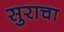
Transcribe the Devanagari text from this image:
सुराचा